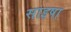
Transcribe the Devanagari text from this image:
साइषा